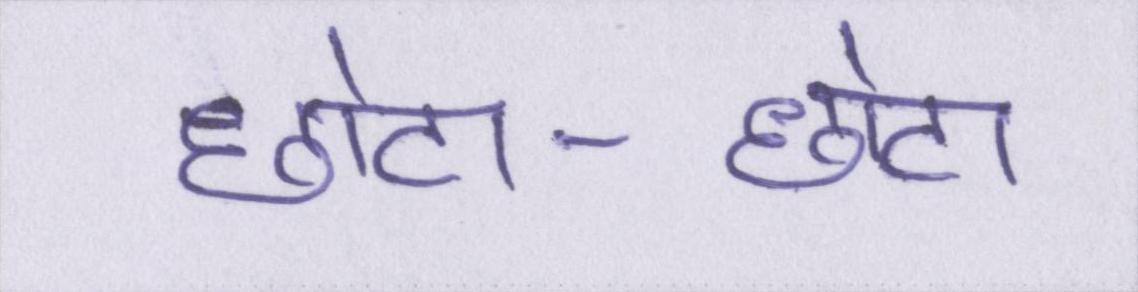
छोटा-छोटा